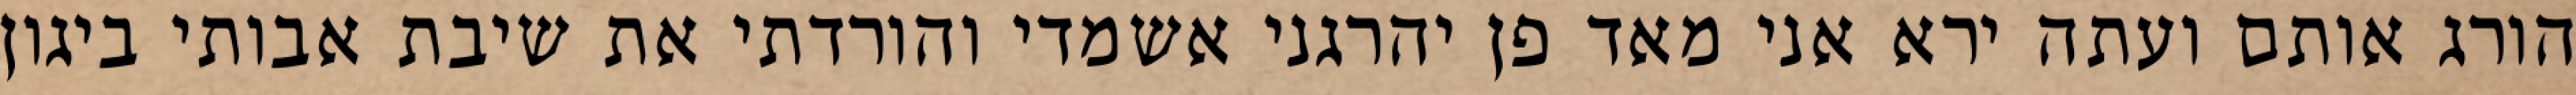
הורג אותם ועתה ירא אני מאד פן יהרגני אשמדי והורדתי את שיבת אבותי ביגון